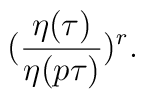
(\frac{\eta({\tau})}{\eta(p\tau)})^r.